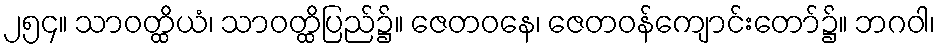
၂၅၄။ သာဝတ္ထိယံ၊ သာဝတ္ထိပြည်၌။ ဇေတဝနေ၊ ဇေတဝန်ကျောင်းတော်၌။ ဘဂဝါ၊